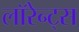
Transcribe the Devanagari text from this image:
लॉरेन्ट्स